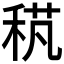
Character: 𥟌